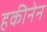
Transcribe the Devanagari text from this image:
हकीनेन